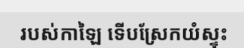
របស់កាឡៃ ទើបស្រែកយំស្ទុះ